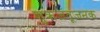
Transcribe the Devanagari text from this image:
शुक्रजंतूजनक